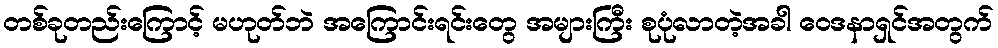
တစ်ခုတည်းကြောင့် မဟုတ်ဘဲ အကြောင်းရင်းတွေ အများကြီး စုပုံလာတဲ့အခါ ဝေဒနာရှင်အတွက်